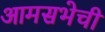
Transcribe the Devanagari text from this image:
आमसभेची